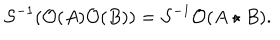
LaTeX: { \cal S } ^ { - 1 } ( { \cal O } ( A ) { \cal O } ( B ) ) = { \cal S } ^ { - 1 } { \cal O } ( A \star B ) .